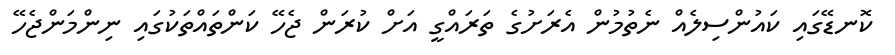
ކޮނޑޭގައި ކައުންސިލެއް ނެތުމުން އެރަށުގެ ތަރައްގީ އަށް ކުރަން ޖެހޭ ކަންތައްތަކުގައި ނިންމަންޖެހޭ